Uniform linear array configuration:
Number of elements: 64
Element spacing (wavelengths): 1
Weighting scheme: uniform
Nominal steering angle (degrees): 45
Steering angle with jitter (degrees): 43.34
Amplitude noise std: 0.05
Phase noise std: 0.05

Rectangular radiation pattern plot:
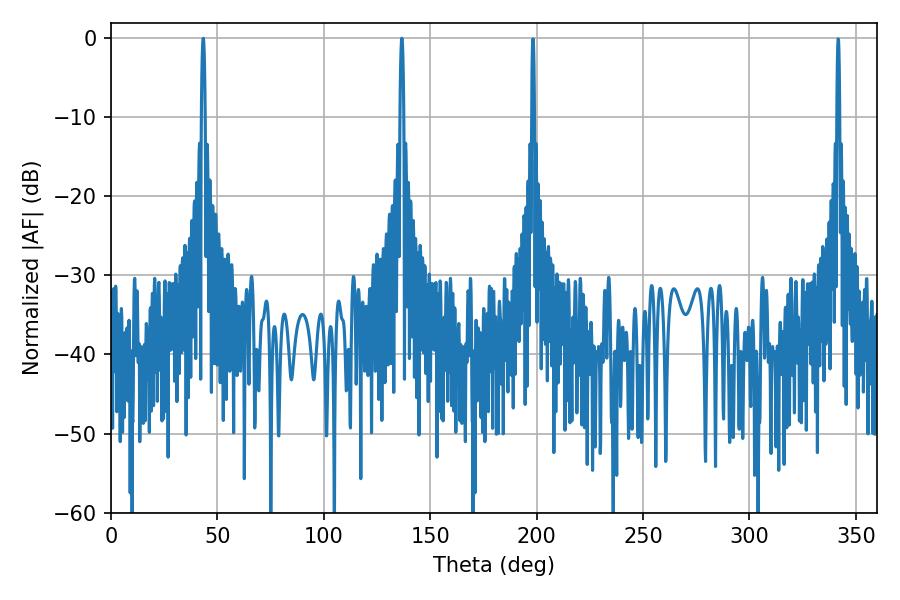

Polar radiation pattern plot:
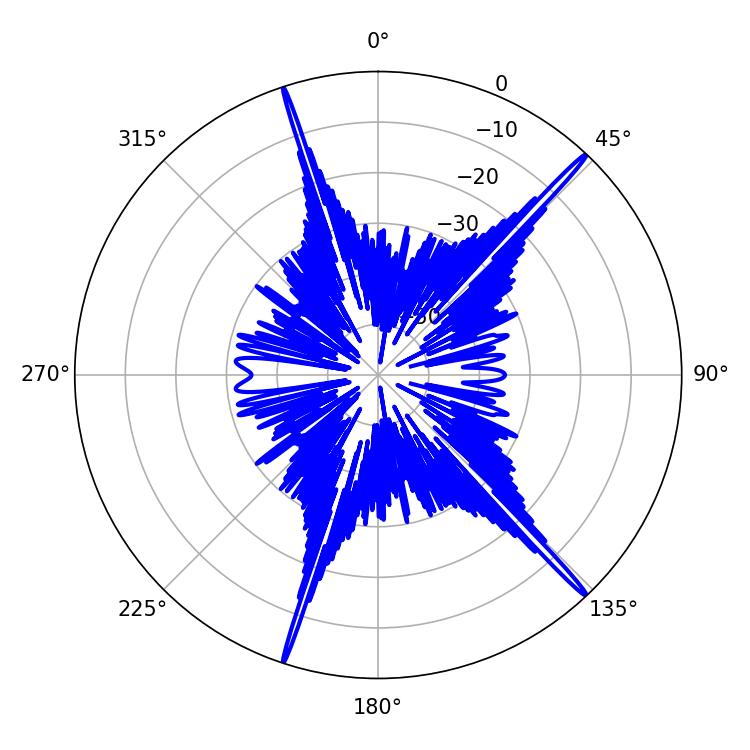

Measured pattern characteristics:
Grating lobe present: TRUE
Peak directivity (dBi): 20.223
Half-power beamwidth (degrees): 0.9
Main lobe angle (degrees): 43.38